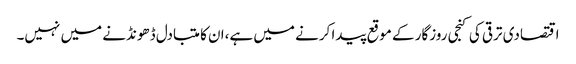
اقتصادی ترقی کی کنجی روزگار کے موقع پیدا کرنے میں ہے،ان کا متبادل ڈھونڈنے میں نہیں۔